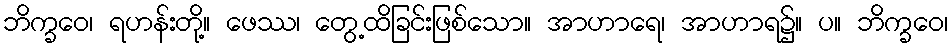
ဘိက္ခဝေ၊ ရဟန်းတို့။ ဖေဿ၊ တွေ့ထိခြင်းဖြစ်သော။ အာဟာရေ၊ အာဟာရ၌။ ပ။ ဘိက္ခဝေ၊